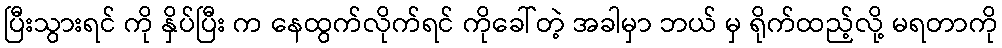
ပြီးသွားရင် ကို နှိပ်ပြီး က နေထွက်လိုက်ရင် ကိုခေါ်တဲ့ အခါမှာ ဘယ် မှ ရိုက်ထည့်လို့ မရတာကို